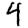
Digit: 4